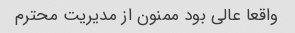
واقعا عالی بود ممنون از مدیریت محترم